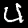
Digit: 4